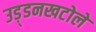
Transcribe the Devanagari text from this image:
उड़्डनखटोले